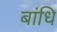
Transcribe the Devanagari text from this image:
बांधि